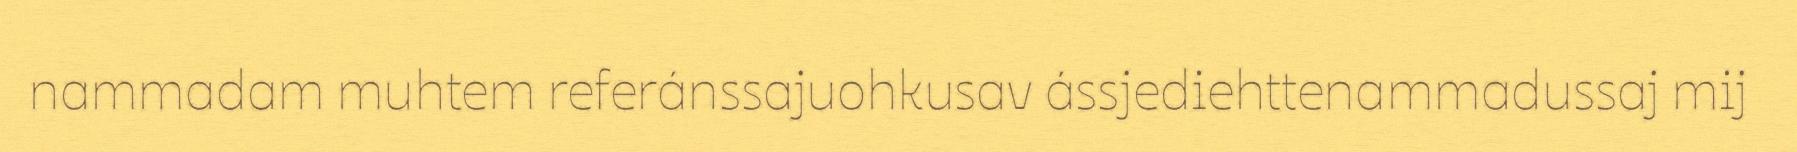
nammadam muhtem referánssajuohkusav ássjediehttenammadussaj mij